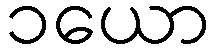
၁ယော